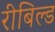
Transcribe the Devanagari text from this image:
रीबिल्ड